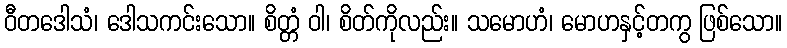
ဝီတဒေါသံ၊ ဒေါသကင်းသော။ စိတ္တံ ဝါ၊ စိတ်ကိုလည်း။ သမောဟံ၊ မောဟနှင့်တကွ ဖြစ်သော။